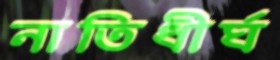
নাতিধীর্ঘ